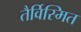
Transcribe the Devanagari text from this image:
तैर्विस्मित